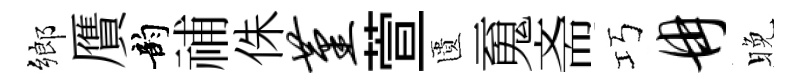
鄉贋韵𥙷侏堇萱匱䰟斋巧冉晚